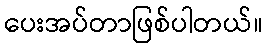
ပေးအပ်တာဖြစ်ပါတယ်။